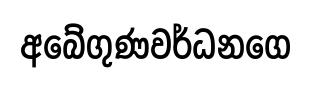
අබේගුණවර්ධනගෙ